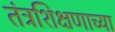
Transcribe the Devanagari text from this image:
तंत्रशिक्षणाच्या